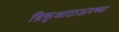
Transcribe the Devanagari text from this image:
ग्रिकुआटाऊनच्या